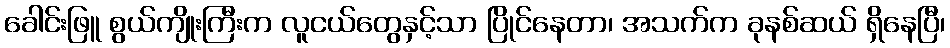
ခေါင်းဖြူ စွယ်ကျိုးကြီးက လူငယ်တွေနှင့်သာ ပြိုင်နေတာ၊ အသက်က ခုနစ်ဆယ် ရှိနေပြီ၊